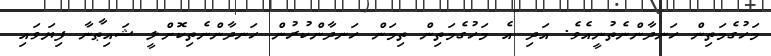
މަހުގެމަތިން ހަނދާންނެތުނީއެވެ. އަދި އެ މަހުގެމަތިން ތިމަން ހަނދާންކުރުން ހަނދާންނެތިކޮށްލީ ޝައިޠާނާ ފިޔަވައި